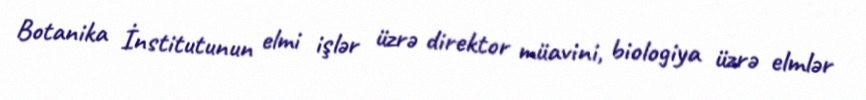
Botanika İnstitutunun elmi işlər üzrə direktor müavini, biologiya üzrə elmlər